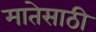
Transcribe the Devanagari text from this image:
मातेसाठी